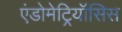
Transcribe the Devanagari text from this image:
एंडोमेट्रियॉसिस